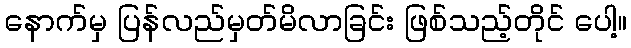
နောက်မှ ပြန်လည်မှတ်မိလာခြင်း ဖြစ်သည့်တိုင် ပေါ့။